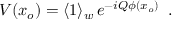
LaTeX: V ( x _ { o } ) = \langle 1 \rangle _ { w } \, e ^ { - i Q \phi ( x _ { o } ) } \, \, \, .